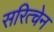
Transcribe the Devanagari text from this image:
सरित्चेन